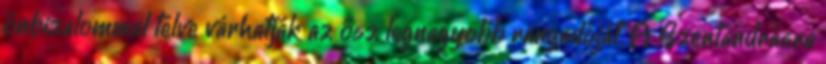
önbizalommal telve várhatják az ősz legnagyobb rangadóját. A Szentandrásra